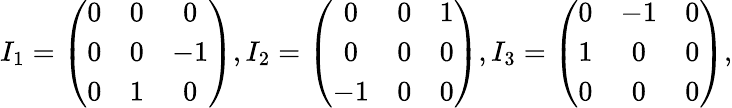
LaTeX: \begin{array}{r}{I_{1}=\left(\begin{array}{ccc}{0}&{0}&{0}\\ {0}&{0}&{-1}\\ {0}&{1}&{0}\end{array}\right),I_{2}=\left(\begin{array}{ccc}{0}&{0}&{1}\\ {0}&{0}&{0}\\ {-1}&{0}&{0}\end{array}\right),I_{3}=\left(\begin{array}{ccc}{0}&{-1}&{0}\\ {1}&{0}&{0}\\ {0}&{0}&{0}\end{array}\right),}\end{array}